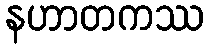
နဟာတကဿ